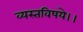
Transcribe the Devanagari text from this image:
व्यस्तविषये।।